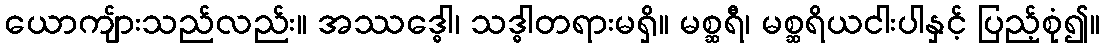
ယောကျ်ားသည်လည်း။ အဿဒ္ဓေါ၊ သဒ္ဓါတရားမရှိ။ မစ္ဆရီ၊ မစ္ဆရိယငါးပါနှင့် ပြည့်စုံ၍။